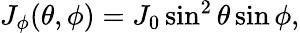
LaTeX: \begin{array}{r}{J_{\phi}(\theta,\phi)=J_{0}\sin^{2}\theta\sin\phi,}\end{array}